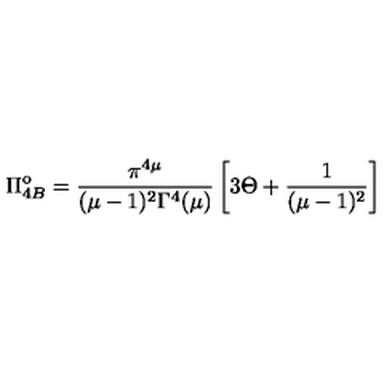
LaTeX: \Pi _ { 4 B } ^ { \mathrm { o } } = \frac { \pi ^ { 4 \mu } } { ( \mu - 1 ) ^ { 2 } \Gamma ^ { 4 } ( \mu ) } \left[ 3 \Theta + \frac { 1 } { ( \mu - 1 ) ^ { 2 } } \right]